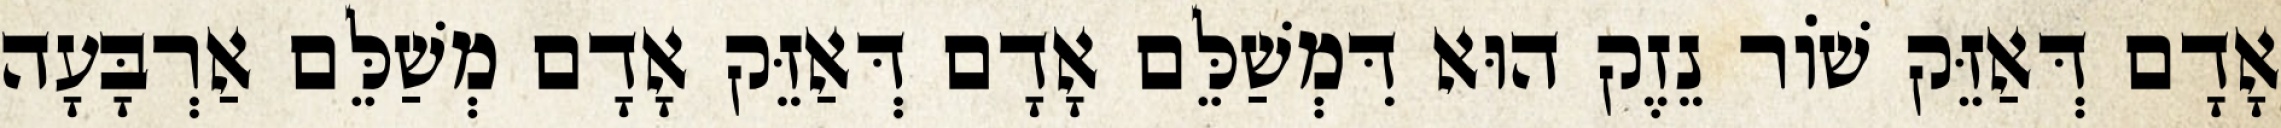
אָדָם דְּאַזֵּק שׁוֹר נֵזֶק הוּא דִּמְשַׁלֵּם אָדָם דְּאַזֵּק אָדָם מְשַׁלֵּם אַרְבָּעָה